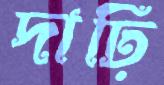
দাঢ়ি